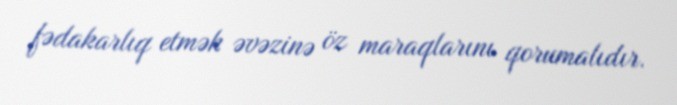
fədakarlıq etmək əvəzinə öz maraqlarını qorumalıdır.